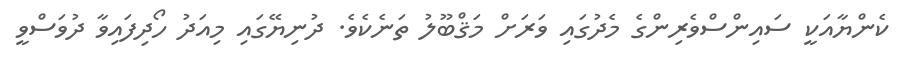
ކެންޔާއަކީ ސައިންސްވެރިންގެ މެދުގައި ވަރަށް މަޤްބޫލު ތަނެކެވެ. ދުނިޔޭގައި މިއަދު ހޯދިފައިވާ ދުވަސްވީ